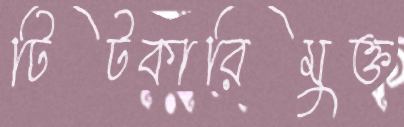
টিটকারিমুক্ত